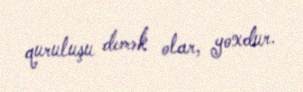
quruluşu demək olar, yoxdur.